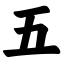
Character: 五